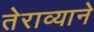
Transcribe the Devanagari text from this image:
तेराव्याने